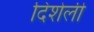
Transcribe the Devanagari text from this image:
दिशेली